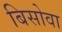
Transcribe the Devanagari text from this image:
बिसोवा